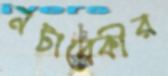
নটাবেকীর